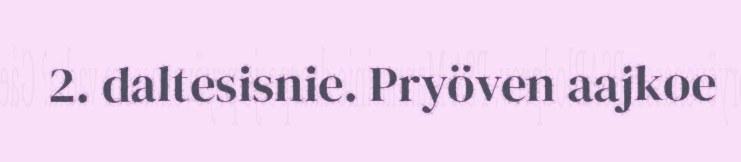
2. daltesisnie. Pryöven aajkoe